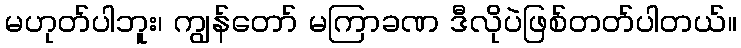
မဟုတ်ပါဘူး၊ ကျွန်တော် မကြာခဏ ဒီလိုပဲဖြစ်တတ်ပါတယ်။